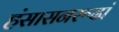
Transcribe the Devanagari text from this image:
हंसासनरूढां